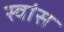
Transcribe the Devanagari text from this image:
स्वांस